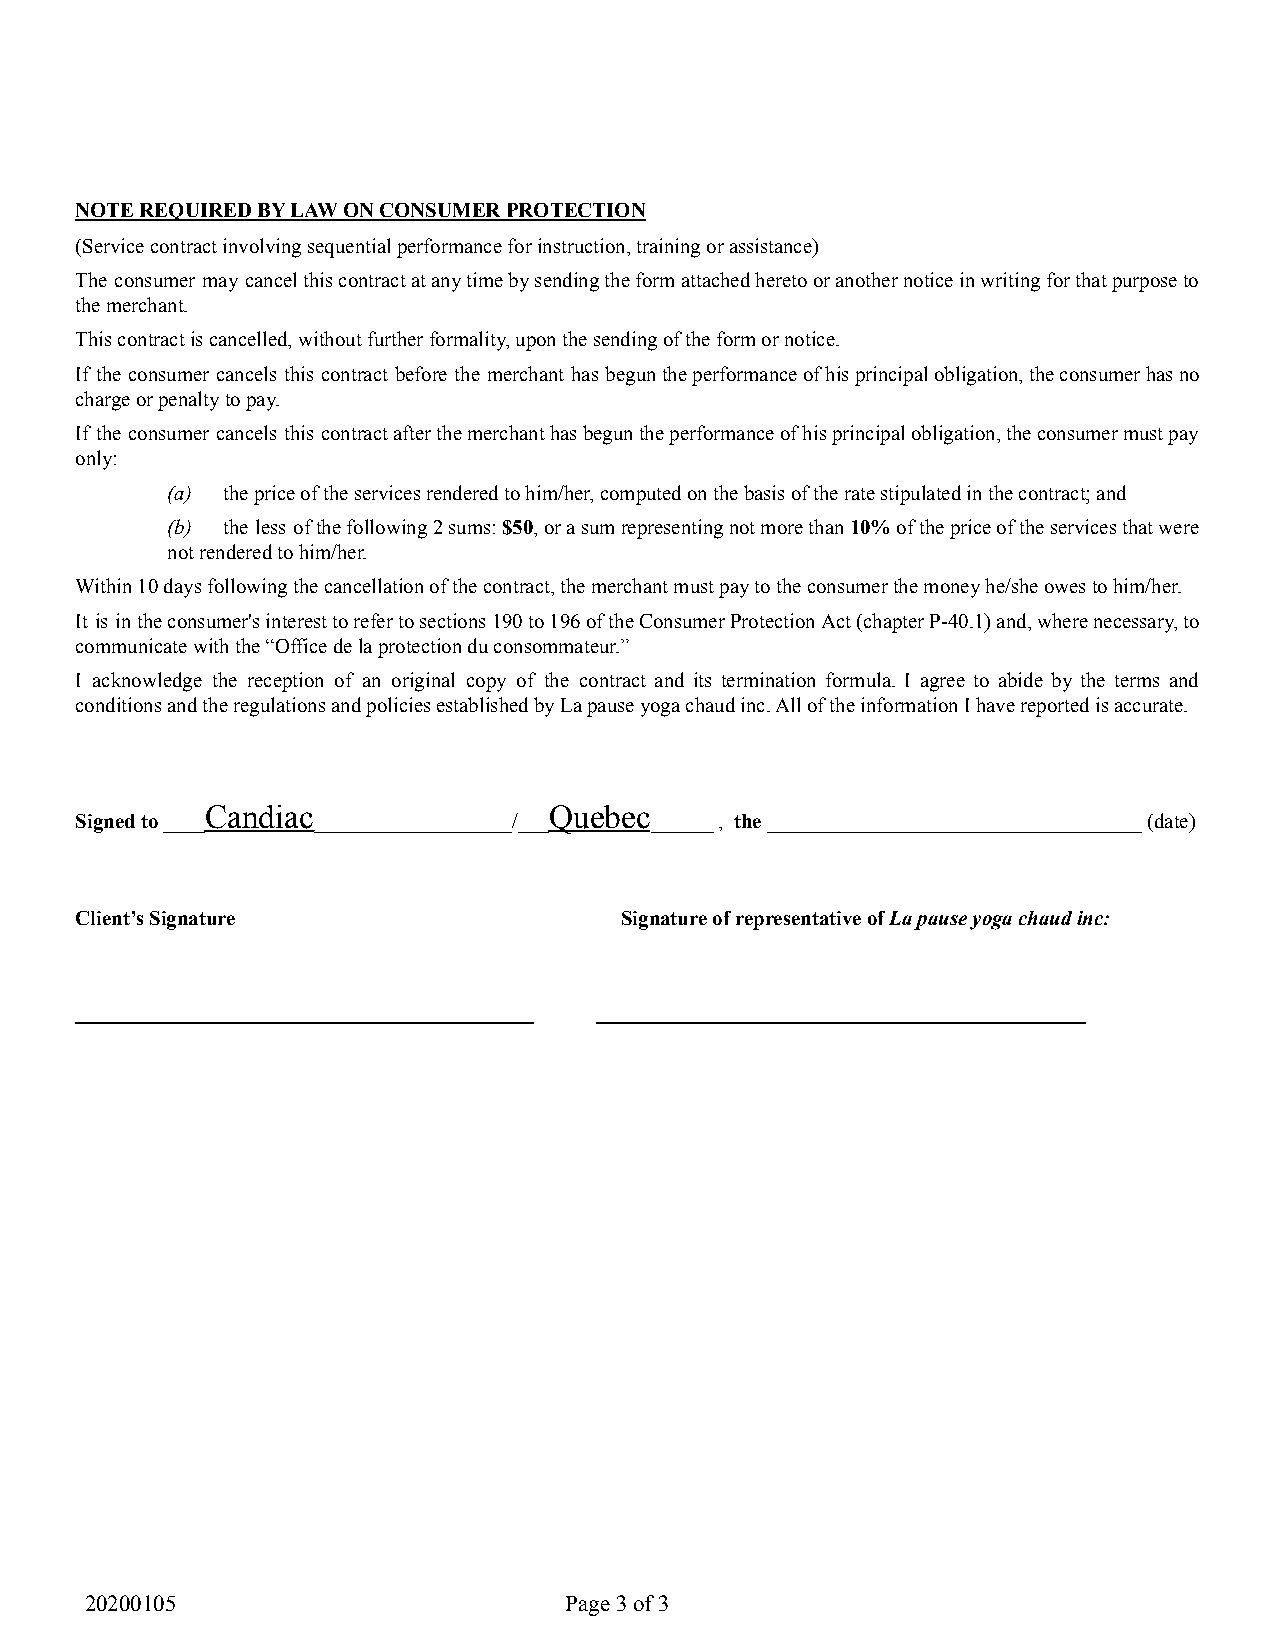
NOTE REQUIRED BY LAW ON CONSUMER PROTECTION
 (Service contract involving sequential performance for instruction, training or assistance)
 The consumer may cancelthiscontractatanytimebysendingtheformattachedheretooranothernoticeinwritingforthatpurposeto
 the merchant.
 This contract is cancelled, without further formality, upon the sending of the form or notice.
 If the consumer cancels this contract before the merchant has beguntheperformanceofhisprincipalobligation,theconsumerhasno
 charge or penalty to pay.
 If the consumer cancels this contractafterthemerchanthasbeguntheperformanceofhisprincipalobligation,theconsumermustpay
 only:
 (a) the price of the services rendered to him/her,computed on the basis of the rate stipulated in the contract; and
 (b) the less ofthefollowing2sums:$50,orasumrepresentingnotmorethan10%ofthepriceoftheservicesthatwere
 not rendered to him/her.
 Within 10 days following the cancellation of the contract, the merchant must pay to the consumer the money he/she owes to him/her.
 It is intheconsumer'sinteresttorefertosections190to196oftheConsumerProtectionAct(chapterP-40.1)and,wherenecessary,to
 communicate with the “Office de la protection du consommateur.”
 I acknowledge the reception of an original copy of the contract and its termination formula. I agree to abide by the terms and
 conditions and the regulations and policies established by La pause yoga chaud inc. All of the information I have reported is accurate.
 Candiac               Quebec
 Signed to____   ___________________/___ ______, the____________________________________ (date)
 Client’s Signature                  Signature of representative ofLa pause yoga chaudinc:
 ____________________________________________ _______________________________________________
 20200105                       Page3of 3